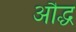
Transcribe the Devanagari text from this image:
औद्ध